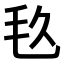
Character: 𣬨